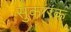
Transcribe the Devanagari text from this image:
सुकारक